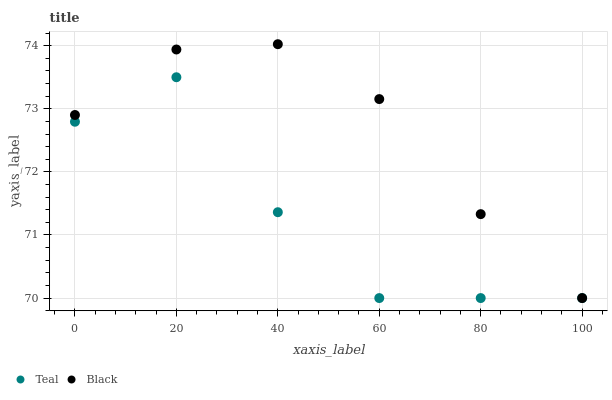
| xaxis_label | Teal | Black |
 | --- | --- | --- |
 | 0 | 72.8 | 72.9 |
 | 20 | 73.5 | 73.9 |
 | 40 | 71.4 | 74 |
 | 60 | 70 | 73.2 |
 | 80 | 70 | 71.3 |
 | 100 | 70 | 70 |